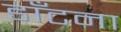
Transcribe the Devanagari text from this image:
डाँटना